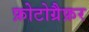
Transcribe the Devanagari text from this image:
फ़ोटोग्रैफ़र